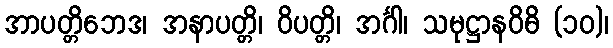
အာပတ္တိဘေဒ၊ အနာပတ္တိ၊ ဝိပတ္တိ၊ အင်္ဂါ၊ သမုဋ္ဌာနဝိဓိ (၁၀)၊